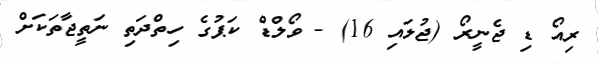
ރިއޯ ޑި ޖެނީރޯ (ޖުލައި 16) - ވޯލްޑް ކަޕުގެ ހިތްދަތި ނަތީޖާތަކަށް